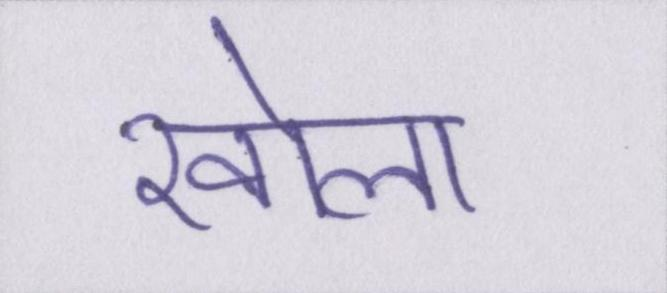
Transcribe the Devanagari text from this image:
खोला